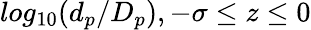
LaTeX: log_{10}(d_{p}/D_{p}),-\sigma\leq z\leq 0